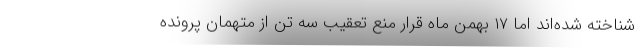
شناخته شده‌اند اما ۱۷ بهمن ماه قرار منع تعقیب سه تن از متهمان پرونده